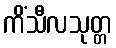
ကိံသီလသုတ္တ